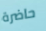
حاضرة